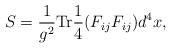
LaTeX: \begin{align*} S = \frac{1}{g^2} {\rm Tr} \frac{1}{4} (F_{ij}F_{ij}) d^4x,\end{align*}